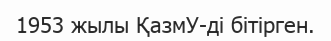
1953 жылы ҚазмУ-ді бітірген.